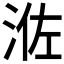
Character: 𰛰